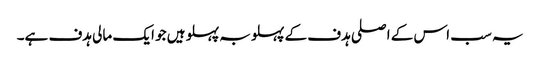
یہ سب اس کے اصلی ہدف کے پہلو بہ پہلو ہیں جو ایک مالی ہدف ہے۔